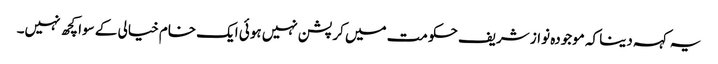
یہ کہہ دینا کہ موجودہ نواز شریف حکومت میں کرپشن نہیں ہوئی ایک خام خیالی کے سوا کچھ نہیں۔